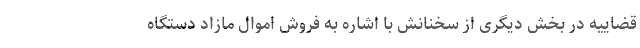
قضاییه در بخش دیگری از سخنانش با اشاره به فروش اموال مازاد دستگاه